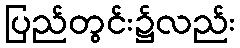
ပြည်တွင်း၌လည်း